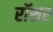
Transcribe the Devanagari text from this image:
रॉशर